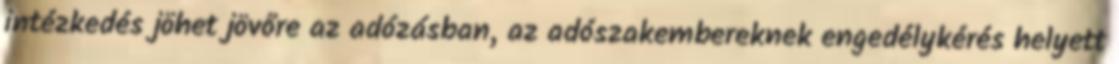
intézkedés jöhet jövőre az adózásban, az adószakembereknek engedélykérés helyett